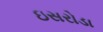
ઇસરોડા